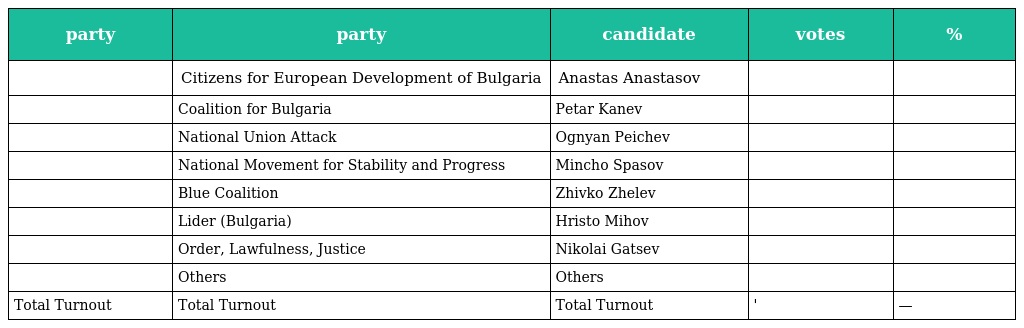
| party | party | candidate | votes | % |
 | --- | --- | --- | --- | --- |
 |  | Citizens for European Development of Bulgaria | Anastas Anastasov |  |  |
 |  | Coalition for Bulgaria | Petar Kanev |  |  |
 |  | National Union Attack | Ognyan Peichev |  |  |
 |  | National Movement for Stability and Progress | Mincho Spasov |  |  |
 |  | Blue Coalition | Zhivko Zhelev |  |  |
 |  | Lider (Bulgaria) | Hristo Mihov |  |  |
 |  | Order, Lawfulness, Justice | Nikolai Gatsev |  |  |
 |  | Others | Others |  |  |
 | Total Turnout | Total Turnout | Total Turnout | ' | — |